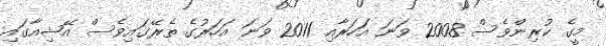
މީގެ ކުރިންވެސް 2008 ވަނަ އަހަރާއި 2011 ވަނަ އަހަރުގެ ތެރޭގައިވެސް އޭޝިއާގައި